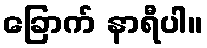
ခြောက် နာရီပါ။